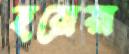
হরোয়া